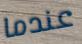
عندما